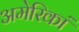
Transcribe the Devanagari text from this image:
अमेरिकां